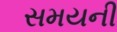
સમયની